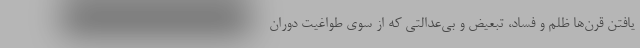
یافتن قرن‌ها ظلم و فساد، تبعیض و بی‌عدالتی که از سوی طواغیت دوران